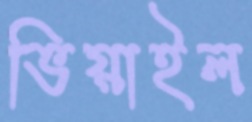
ভিয়াইল